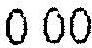
0.00